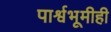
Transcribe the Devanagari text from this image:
पार्श्वभूमीही